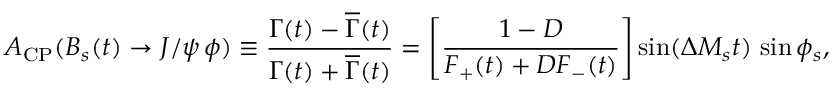
{ \cal A } _ { \mathrm { C P } } ( B _ { s } ( t ) \to J / \psi \, \phi ) \equiv \frac { \Gamma ( t ) - \overline { { { \Gamma } } } ( t ) } { \Gamma ( t ) + \overline { { { \Gamma } } } ( t ) } = \left[ \frac { 1 - D } { F _ { + } ( t ) + D F _ { - } ( t ) } \right] \sin ( \Delta M _ { s } t ) \, \sin \phi _ { s } ,